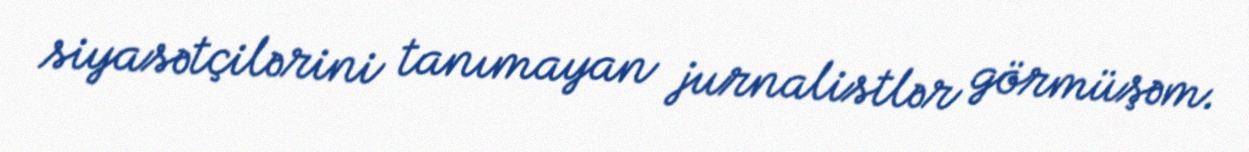
siyasətçilərini tanımayan jurnalistlər görmüşəm.